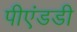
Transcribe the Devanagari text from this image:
पीएंडडी